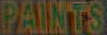
PAINTS